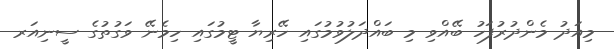
މިއަދު މެންދުރުފަހު ބޭއްވި މި ބައްދަލުވުމުގައި ހޭރިޔާ ޓީމުގައި ހިމެނޭ ވަގުތުގެ ސީނިއަރ